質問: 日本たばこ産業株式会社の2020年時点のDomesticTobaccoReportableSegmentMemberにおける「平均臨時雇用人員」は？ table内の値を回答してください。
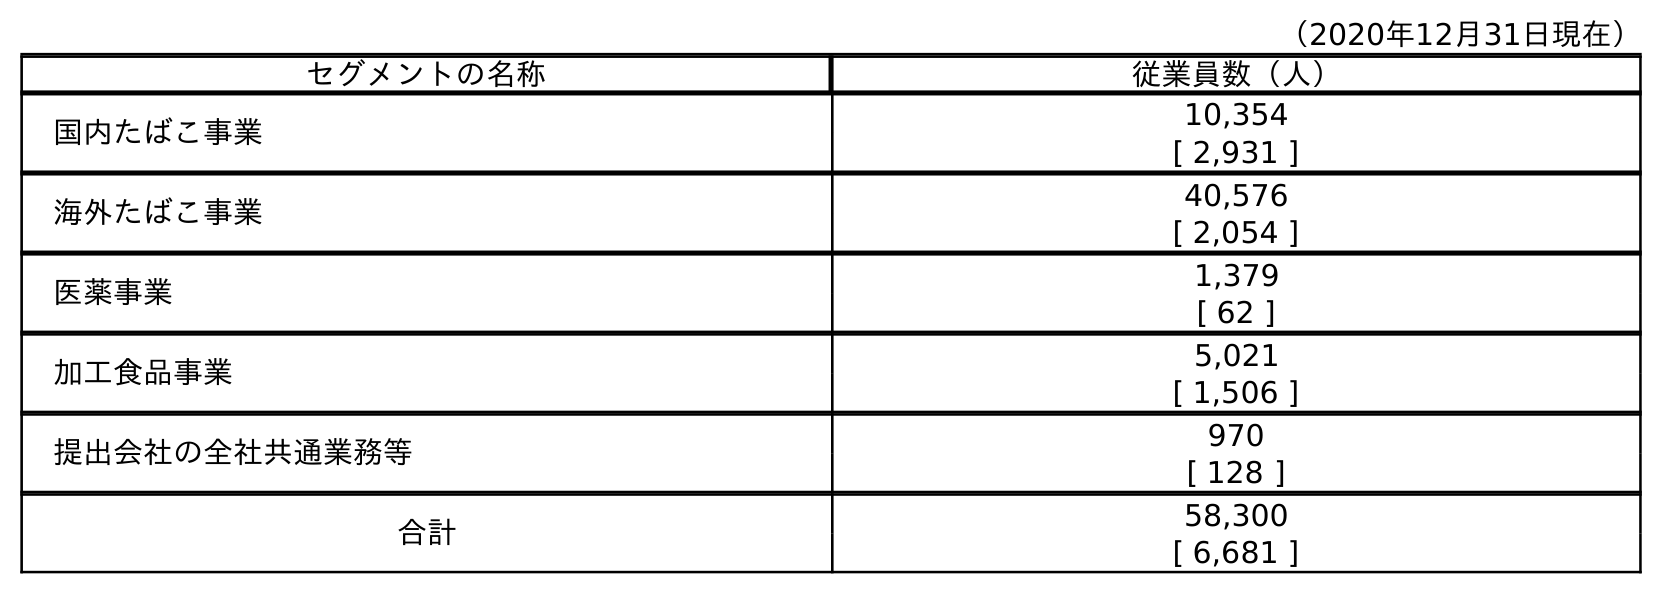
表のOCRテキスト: （2020年12月31日現在） セグメントの名称 従業員数（人） 国内たばこ事業 10,354 [ 2,931 ] 海外たばこ事業 40,576 [ 2,054 ] 医薬事業 1,379 [ 62 ] 加工食品事業 5,021 [ 1,506 ] 提出会社の全社共通業務等 970 [ 128 ] 合計 58,300 [ 6,681 ]
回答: [2,931]